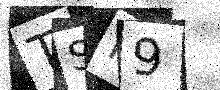
Text: TSI9